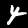
Digit: 4